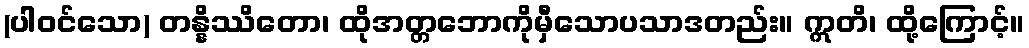
(ပါဝင်သော) တန္နိဿိတော၊ ထိုအတ္တဘောကိုမှီသောပသာဒတည်း။ ဣတိ၊ ထို့ကြောင့်။